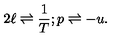
2 \ell \rightleftharpoons \frac { 1 } { T } ; p \rightleftharpoons - u .